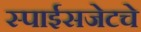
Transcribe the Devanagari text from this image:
स्पाईसजेटचे